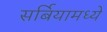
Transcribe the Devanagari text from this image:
सर्बियामध्ये